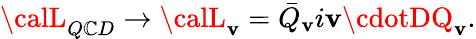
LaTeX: {\calL}_{Q\mathbb{C}D}\rightarrow{\calL}_{\mathbf{v}}=\bar{{Q}}_{\mathbf{v}}i\mathbf{v}\cdotDQ_{\mathbf{v}}.